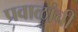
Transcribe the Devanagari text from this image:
प्रवाळांची